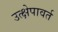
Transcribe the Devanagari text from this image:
उत्क्षेपावर्त